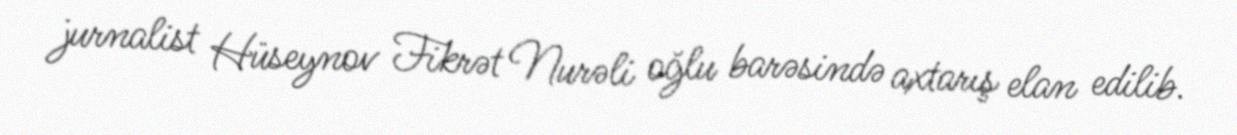
jurnalist Hüseynov Fikrət Nurəli oğlu barəsində axtarış elan edilib.